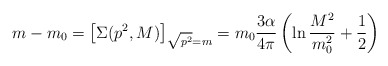
\begin{align*}m-m_0 = \left[ \Sigma(p^2,M) \right]_{\sqrt{p^2}=m} = m_0 \frac{3\alpha}{4\pi}\left( \ln \frac{M^2}{m_0^2} + \frac{1}{2}\right)\end{align*}